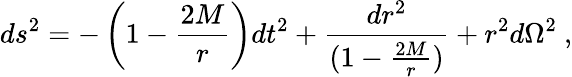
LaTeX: ds^{2}=-\left(1-\frac{2M}{r}\right)dt^{2}+{\frac{dr^{2}}{(1-\frac{2M}{r})}}+r^{2}d\Omega^{2}\ ,